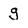
Character: g